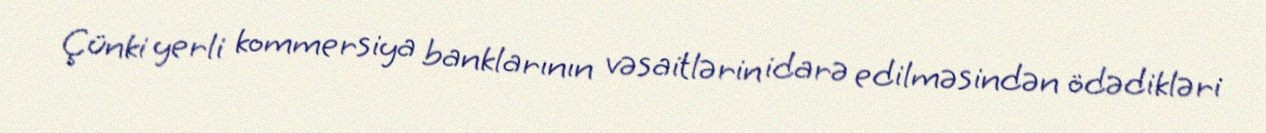
Çünki yerli kommersiya banklarının vəsaitlərin idarə edilməsindən ödədikləri